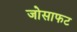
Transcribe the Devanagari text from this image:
जोसाफट